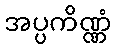
အပ္ပကိဏ္ဏံ